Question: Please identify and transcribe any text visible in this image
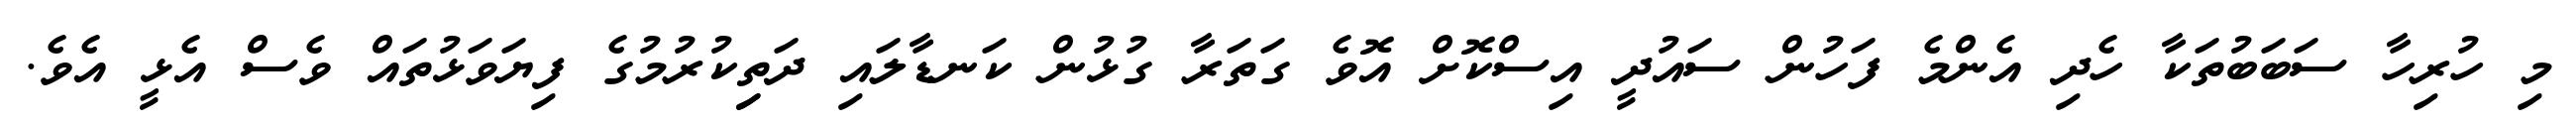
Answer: މި ހުރިހާ ސަބަބުތަކާ ހެދި އެންމެ ފަހުން ސައުދީ އިސްކޮށް އޮވެ ގަތަރާ ގުޅުން ކަނޑާލައި ދަތިިކުރުމުގެ ފިޔަވަޅުތައް ވެސް އެޅީ އެވެ.